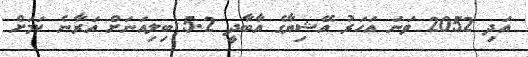
އަދި 2052 ވަނަ އަހަރު އޭޝިޔާގެ އާބާދީ 5.2 ބިލިއަނަށް އަރާނެ ކަމަށް